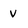
Character: v